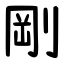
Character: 剛